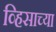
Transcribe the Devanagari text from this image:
व्हिसाच्या